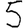
Digit: 5